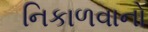
નિકાળવાનો